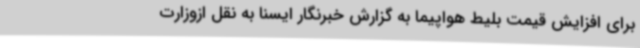
برای افزایش قیمت بلیط هواپیما به گزارش خبرنگار ایسنا به نقل ازوزارت